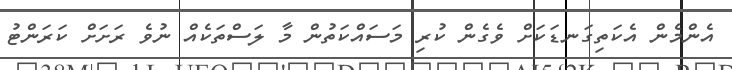
އެންމެން އެކަތިގަނޑަކަށް ވެގެން ކުރި މަސައްކަތުން މާ ލަސްތަކެއް ނުވެ ރަށަށް ކަރަންޓު